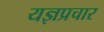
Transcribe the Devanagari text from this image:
यज्ञप्रचार